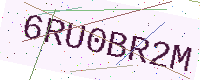
Text: 6RU0BR2M